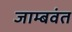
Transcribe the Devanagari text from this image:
जाम्बवंत